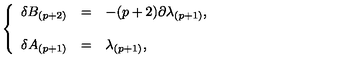
\left\{ \begin{array} { r c l } { \delta B _ { ( p + 2 ) } } & { = } & { - ( p + 2 ) \partial \lambda _ { ( p + 1 ) } , } \\ { } & { } & { } \\ { \delta A _ { ( p + 1 ) } } & { = } & { \lambda _ { ( p + 1 ) } , } \\ \end{array} \right.